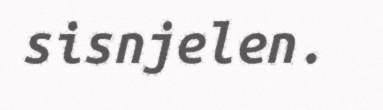
sisnjelen.